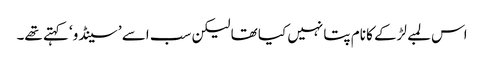
اس لمبے لڑکے کا نام پتا نہیں کیا تھا لیکن سب اسے ’سینڈو‘ کہتے تھے۔